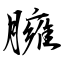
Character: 臃